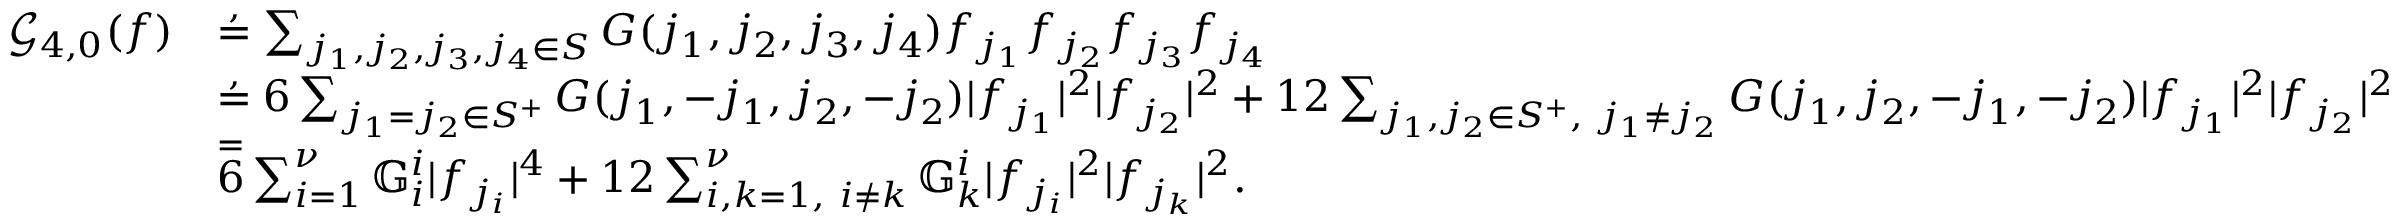
\begin{array} { r l } { \mathcal { G } _ { 4 , 0 } ( f ) } & { \overset { , } = \sum _ { \substack { j _ { 1 } , j _ { 2 } , j _ { 3 } , j _ { 4 } \in S } } G ( j _ { 1 } , j _ { 2 } , j _ { 3 } , j _ { 4 } ) f _ { j _ { 1 } } f _ { j _ { 2 } } f _ { j _ { 3 } } f _ { j _ { 4 } } } \\ & { \overset { , } = 6 \sum _ { j _ { 1 } = j _ { 2 } \in S ^ { + } } G ( j _ { 1 } , - j _ { 1 } , j _ { 2 } , - j _ { 2 } ) | f _ { j _ { 1 } } | ^ { 2 } | f _ { j _ { 2 } } | ^ { 2 } + 1 2 \sum _ { j _ { 1 } , j _ { 2 } \in S ^ { + } , \ j _ { 1 } \ne j _ { 2 } } G ( j _ { 1 } , j _ { 2 } , - j _ { 1 } , - j _ { 2 } ) | f _ { j _ { 1 } } | ^ { 2 } | f _ { j _ { 2 } } | ^ { 2 } } \\ & { \overset = 6 \sum _ { i = 1 } ^ { \nu } \mathbb { G } _ { i } ^ { i } | f _ { j _ { i } } | ^ { 4 } + 1 2 \sum _ { i , k = 1 , \ i \ne k } ^ { \nu } \mathbb { G } _ { k } ^ { i } | f _ { j _ { i } } | ^ { 2 } | f _ { j _ { k } } | ^ { 2 } . } \end{array}